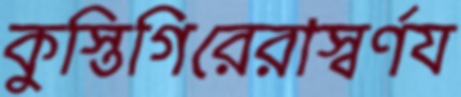
কুস্তিগিরেরাস্বর্ণয